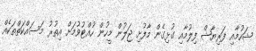
ޝަހުމާއި ފަރިޔާޝް ފިލުމާއި ގުޅިގެން މާފުށި ޖަލުން މީހުން ހުއްޓުވުމަށް އިތުރު މަސައްކަތްތަކެއް